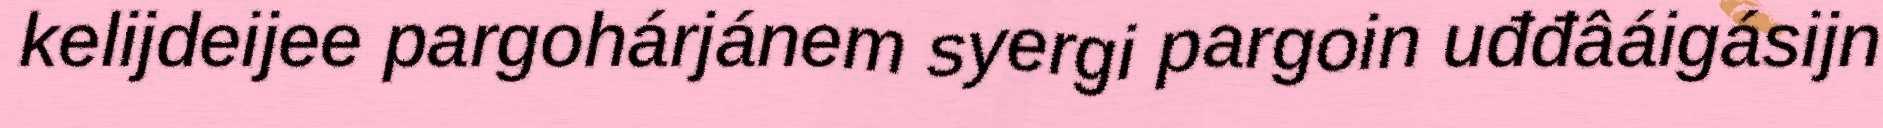
kelijdeijee pargohárjánem syergi pargoin uđđâáigásijn